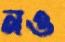
নও